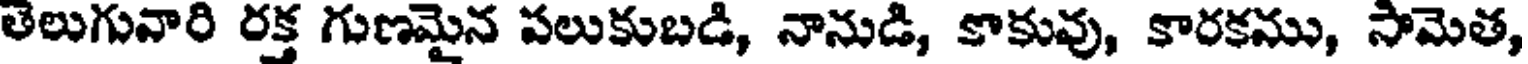
తెలుగువారి రక్త గుణమైన పలుకుబడి, నానుడి, కాకువు, కారకము, సామెత,